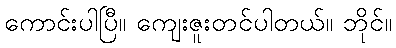
ကောင်းပါပြီ။ ကျေးဇူးတင်ပါတယ်။ ဘိုင်။